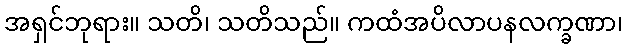
အရှင်ဘုရား။ သတိ၊ သတိသည်။ ကထံအပိလာပနလက္ခဏာ၊